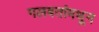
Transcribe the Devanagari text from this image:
गलबतांमधून